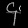
Digit: ၄